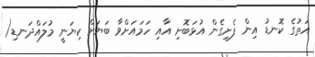
އަތުގެ ކޮނޑު އިން ފެށިގެން އުޅަބޮށި އާއި ހަމައަށްވާ ބަޔަށް ކިޔަނީ މުލައްދަނޑި(